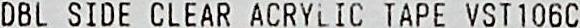
DBL SIDE CLEAR ACRYLIC TAPE VST106C